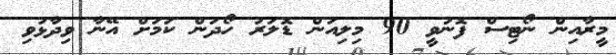
މީރާއިން ނޯޓިސް ފޮނުވީ 90 މިލިއަން ޑޮލަރު ހޯދަން ކަމަށް އޭނާ ވިދާޅުވި